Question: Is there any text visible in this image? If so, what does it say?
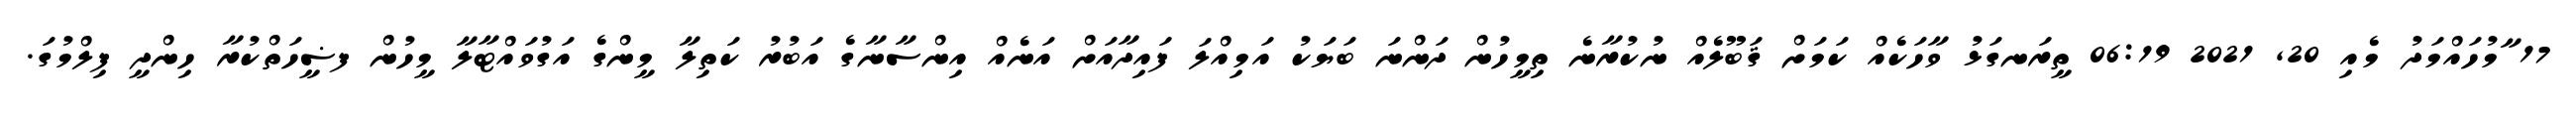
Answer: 17 ާމުހައްމަދު މެއި 20, 2021 06:19 ތީރަނގަޅު ވާހަކެއް ކަމަށް ޤަބޫލެއް ނުކުރާނެ ތިމީހުން ދަންނަ ބަޔަކު އަމިއްލަ ފައިދާއަށް އަނެއް އިންސާނާގެ އަބުރު ކަތިލާ މީންގެ އަގުވައްޓާލާ މީހުން ފޟީހަތްކުރާ ހިންދީ ފިލްމުގަ.